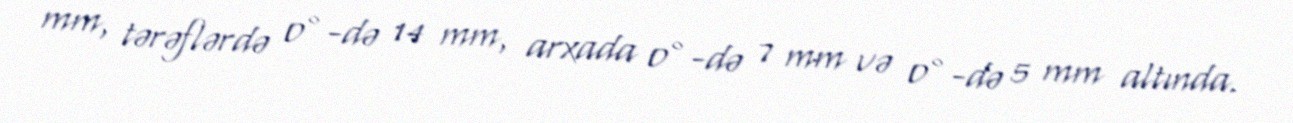
mm, tərəflərdə 0°-də 14 mm, arxada 0°-də 7 mm və 0°-də 5 mm altında.